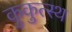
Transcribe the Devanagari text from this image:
कुकुत्स्थ